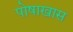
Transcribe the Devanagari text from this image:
पोषाखास